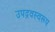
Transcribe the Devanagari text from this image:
उपद्रवस्वरूप